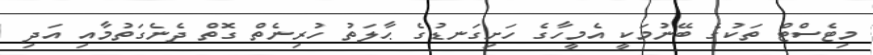
މިޓެސްޓް ތަކުގެ ބޭނުމަކީ އެމީހާގެ ހަށިގަނޑުގެ ޙާލަތު ހުރިނެތް ގޮތް ދެނެގަތުމާއި އަދި